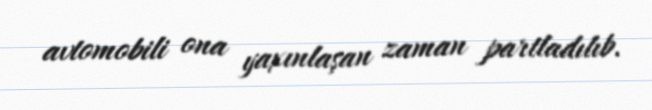
avtomobili ona yaxınlaşan zaman partladılıb.